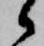
候